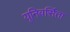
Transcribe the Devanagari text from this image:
यूनिवर्सिता